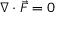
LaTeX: \nabla \cdot { \vec { F } } = 0